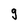
Character: 9